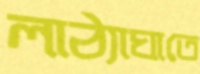
লাঠ্যাঘাতে